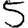
Digit: 5